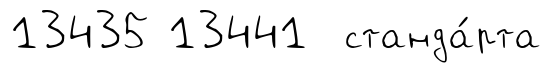
13435 13441 станда́рта